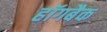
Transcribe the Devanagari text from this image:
हॉगबैक